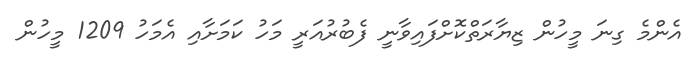
އެންމެ ގިނަ މީހުން ޒިޔާރަތްކޮށްފައިވާނީ ފެބުރުއަރީ މަހު ކަމަށާއި އެމަހު 1209 މީހުން